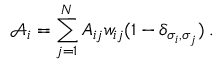
\mathcal { A } _ { i } = \sum _ { j = 1 } ^ { N } A _ { i j } w _ { i j } ( 1 - \delta _ { \sigma _ { i } , \sigma _ { j } } ) \; .